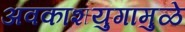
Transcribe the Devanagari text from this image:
अवकाशयुगामुळे